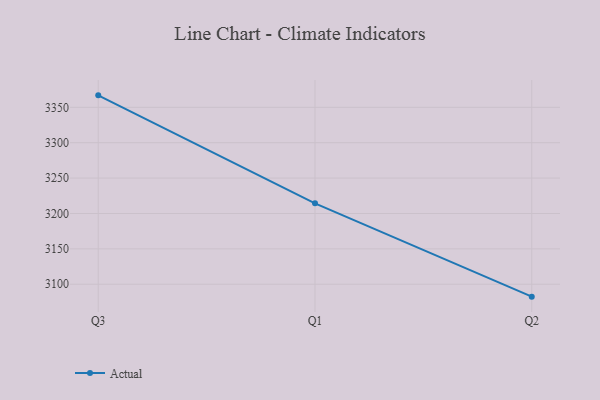
{"axis": {"x": "Quarter", "y": "Inventory Turnover"}, "legend": ["Actual"], "data": [{"x": "Q3", "y": 3366.9, "type": "Actual"}, {"x": "Q1", "y": 3214.3, "type": "Actual"}, {"x": "Q2", "y": 3082.5, "type": "Actual"}]}